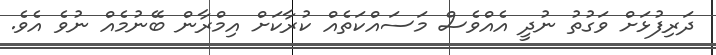
ދަރިފުޅަށް ވަގުތު ނުދީ އެއްވެސް މަސައްކަތެއް ކުރާކަށް އިމްރާން ބޭނުމެއް ނުވެ އެވެ.